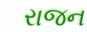
રાજન